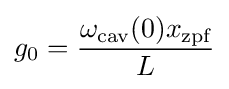
g_{0}={\frac {\omega _{\text{cav}}(0)x_{\text{zpf}}}{L}}